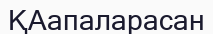
ҚАапаларасан